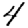
Digit: 4